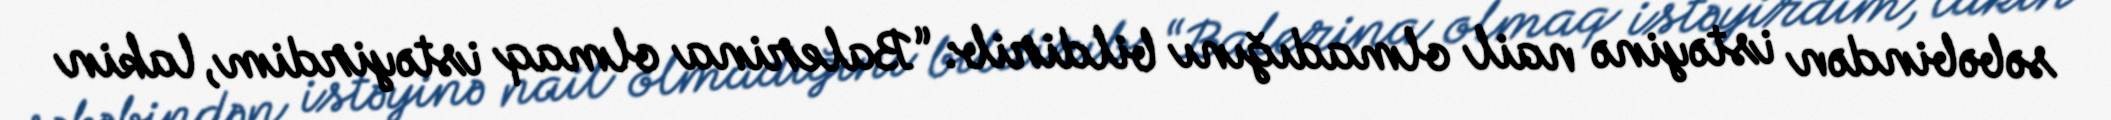
səbəbindən istəyinə nail olmadığını bildirib: “Balerina olmaq istəyirdim, lakin